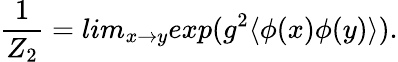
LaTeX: \frac{1}{Z_{2}}=lim_{x\rightarrow y}exp(g^{2}\langle\phi(x)\phi(y)\rangle).